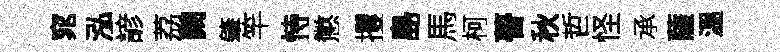
窕泓諺荔闕肇竿恃懲攫島馬柯瞢秋哲怪承薩溫